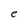
Character: e